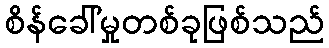
စိန်ခေါ်မှုတစ်ခုဖြစ်သည်